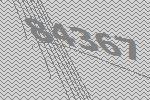
84367